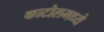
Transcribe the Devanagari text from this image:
काटोलमध्ये